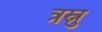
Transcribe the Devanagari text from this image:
त्रस्नु